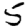
Digit: 5